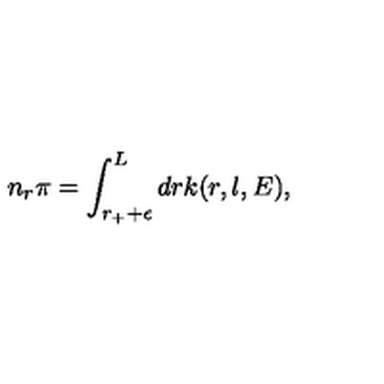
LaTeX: n _ { r } \pi = \int _ { r _ { + } + \epsilon } ^ { L } d r k ( r , l , E ) ,